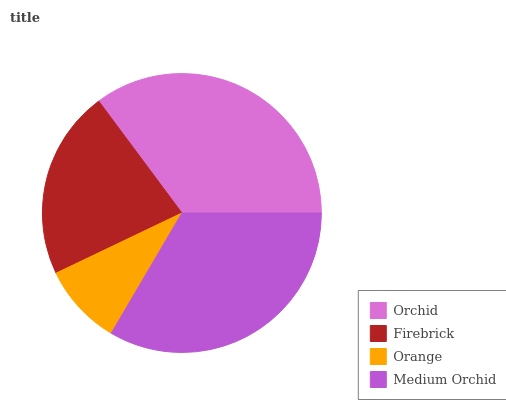
| Orchid | Firebrick | Orange | Medium Orchid |
 | --- | --- | --- | --- |
 | 35.2% | 22% | 9.45% | 33.4% |